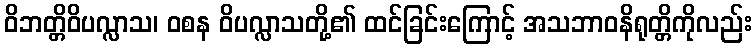
ဝိဘတ္တိဝိပလ္လာသ၊ ဝစန ဝိပလ္လာသတို့၏ ထင်ခြင်းကြောင့် အသဘာဝနိရုတ္တိကိုလည်း